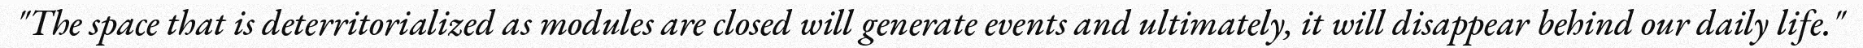
"The space that is deterritorialized as modules are closed will generate events and ultimately, it will disappear behind our daily life."